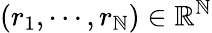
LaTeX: (r_{1},\cdots,r_{\mathbb{N}})\in\mathbb{{R}}^{\mathbb{N}}